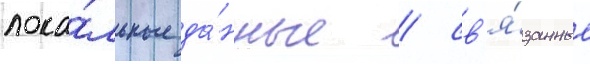
лока́льные да́нные / св'я́занные